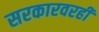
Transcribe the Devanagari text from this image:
सरकारवरही